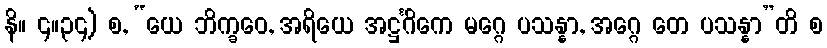
နိ။ ၄။၃၄) စ, “ယေ ဘိက္ခဝေ, အရိယေ အဋ္ဌင်္ဂိကေ မဂ္ဂေ ပသန္နာ, အဂ္ဂေ တေ ပသန္နာ”တိ စ